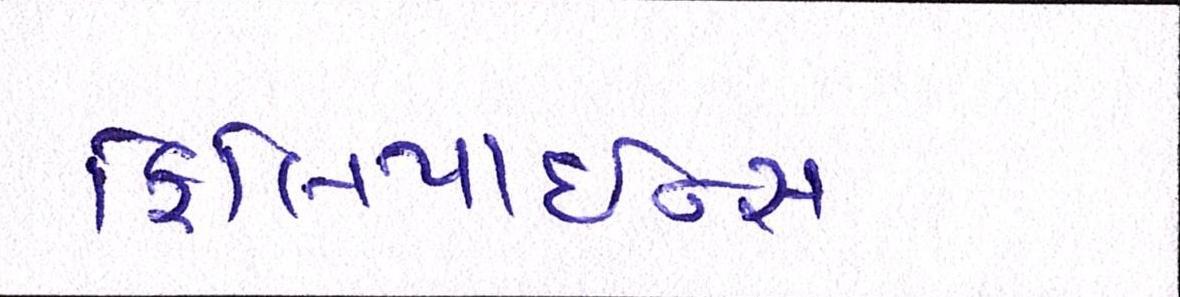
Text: ફિલિપાઇન્સ